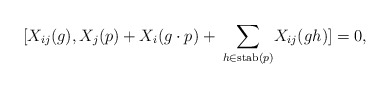
\begin{align*}[X_{ij}(g),X_j(p) +X_i(g\cdot p) +\: \underset{h\in \mathrm{stab}(p)}{\sum} X_{ij}(gh)]=0,\end{align*}